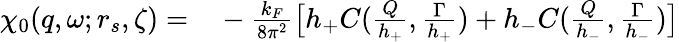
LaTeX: \begin{array}{rl}{\chi_{0}(q,\omega;r_{s},\zeta)=}&{{}-\frac{k_{F}}{8\pi^{2}}\big[h_{+}C(\frac{Q}{h_{+}},\frac{\Gamma}{h_{+}})+h_{-}C(\frac{Q}{h_{-}},\frac{\Gamma}{h_{-}})\big]}\end{array}